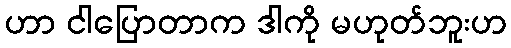
ဟာ ငါပြောတာက ဒါကို မဟုတ်ဘူးဟ